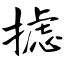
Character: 摅